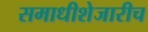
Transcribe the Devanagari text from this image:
समाधीशेजारीच